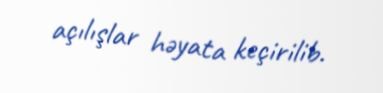
açılışlar həyata keçirilib.